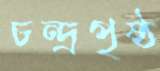
চন্দ্রপৃষ্ঠ